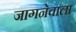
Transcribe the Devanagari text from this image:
जागनेवाला